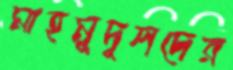
মাহমুদুলদের